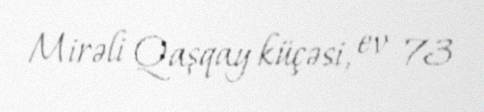
Mirəli Qaşqay küçəsi, ev 73